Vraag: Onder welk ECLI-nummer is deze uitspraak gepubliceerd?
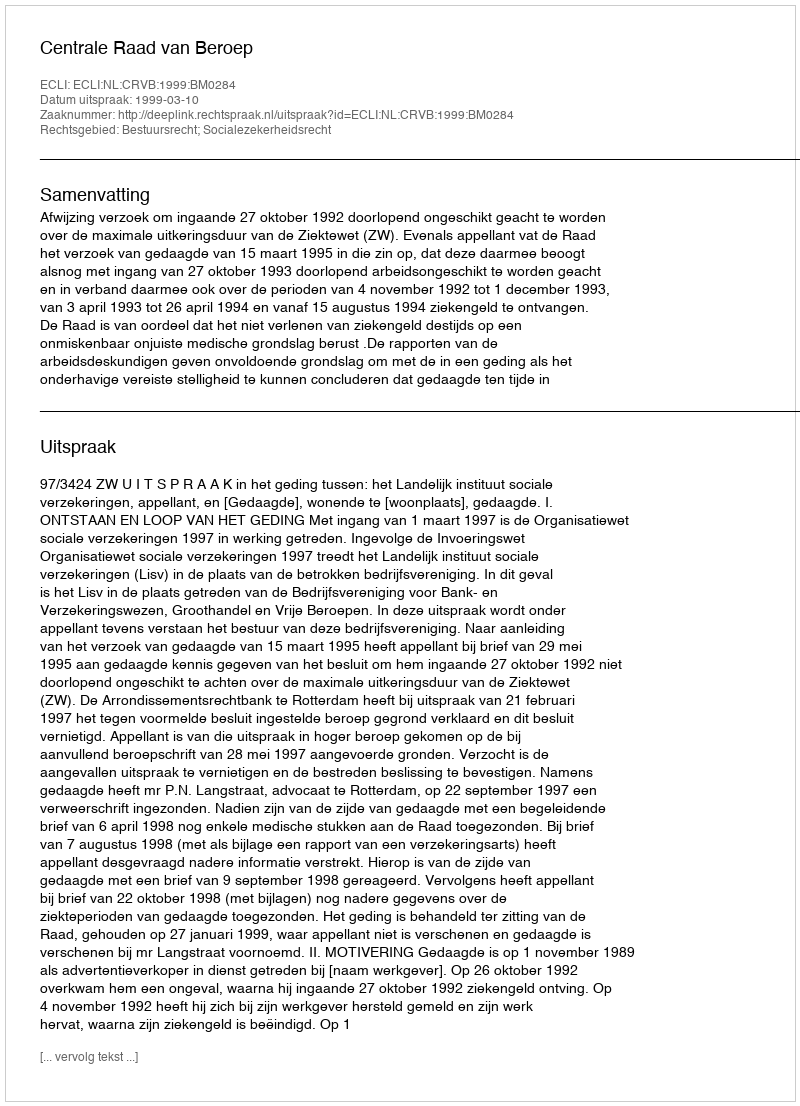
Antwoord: ECLI:NL:CRVB:1999:BM0284